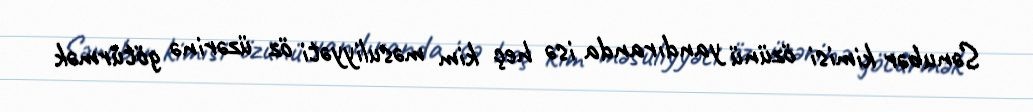
Sənubər kimisi özünü yandıranda isə heç kim məsuliyyəti öz üzərinə götürmək